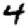
Digit: 4